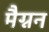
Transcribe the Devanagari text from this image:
मैग्नन